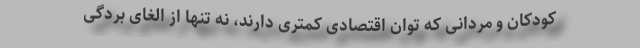
کودکان و مردانی که توان اقتصادی کمتری دارند، نه تنها از الغای بردگی